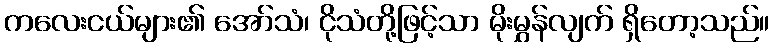
ကလေးငယ်များ၏ အော်သံ၊ ငိုသံတို့ဖြင့်သာ မိုးမွှန်လျက် ရှိတော့သည်။